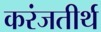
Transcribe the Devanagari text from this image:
करंजतीर्थ